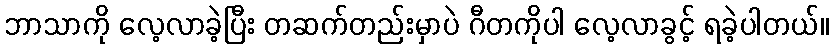
ဘာသာကို လေ့လာခဲ့ပြီး တဆက်တည်းမှာပဲ ဂီတကိုပါ လေ့လာခွင့် ရခဲ့ပါတယ်။